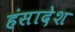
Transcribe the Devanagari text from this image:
हंसादेश